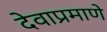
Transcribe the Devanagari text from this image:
देवाप्रमाणे